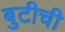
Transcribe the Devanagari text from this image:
बुटीची